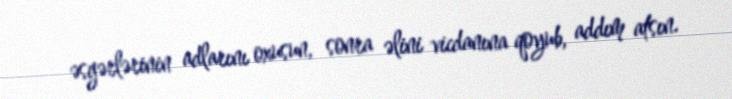
əsgərlərinin adlarını oxusun, sonra əlini vicdanına qoyub, addım atsın.